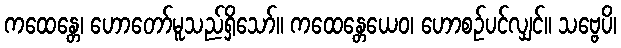
ကထေန္တေ၊ ဟောတော်မူသည်ရှိသော်။ ကထေန္တေယေဝ၊ ဟောစဉ်ပင်လျှင်။ သဗ္ဗေပိ၊